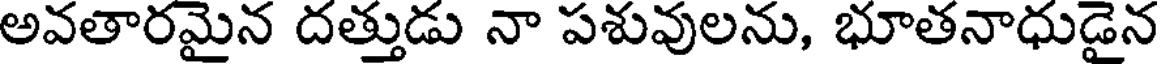
అవతారమైన దత్తుడు నా పశువులను, భూతనాధుడైన